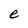
Character: e